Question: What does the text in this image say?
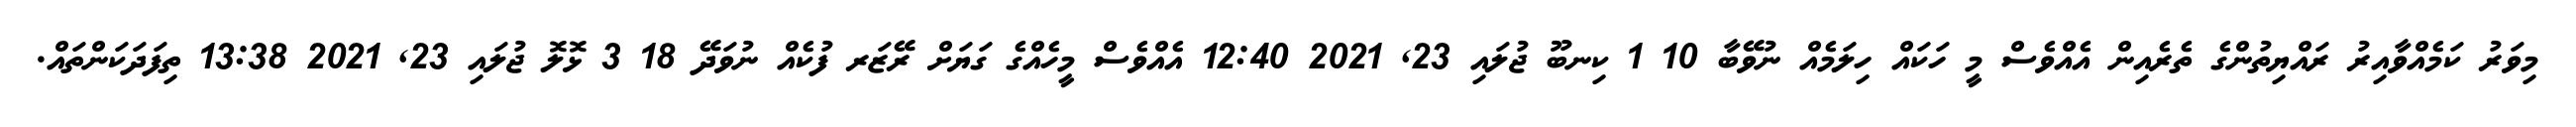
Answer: މިވަރު ކަމެއްވާއިރު ރައްޔިތުންގެ ތެރެއިން އެއްވެސް މީ ހަކައް ހިލަމެއް ނުވޭބާ 10 1 ކިނބޫ ޖުލައި 23, 2021 12:40 އެއްވެސް މީހެއްގެ ގަޔަށް ރޭޒަރ ފުކެއް ނުވަދޭ 18 3 ޅޮލޮ ޖުލައި 23, 2021 13:38 ތިފަދަކަންތައް.